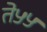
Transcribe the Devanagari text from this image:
ते५५